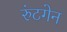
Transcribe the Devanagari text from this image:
रुंटगेन